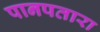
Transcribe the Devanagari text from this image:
पानपतारा